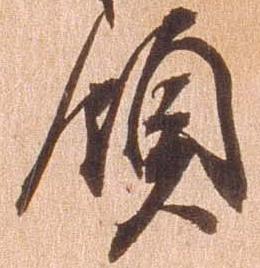
領